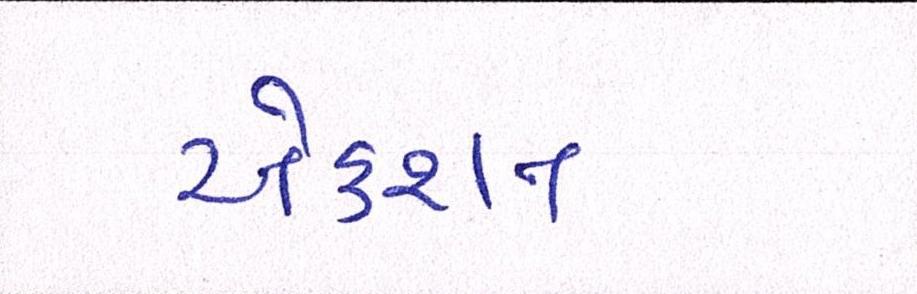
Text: એક્શન